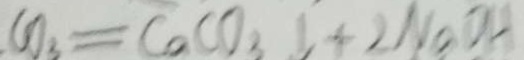
C O _ { 3 } = C a C O _ { 3 } \downarrow + 2 N a O H